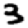
Digit: 3